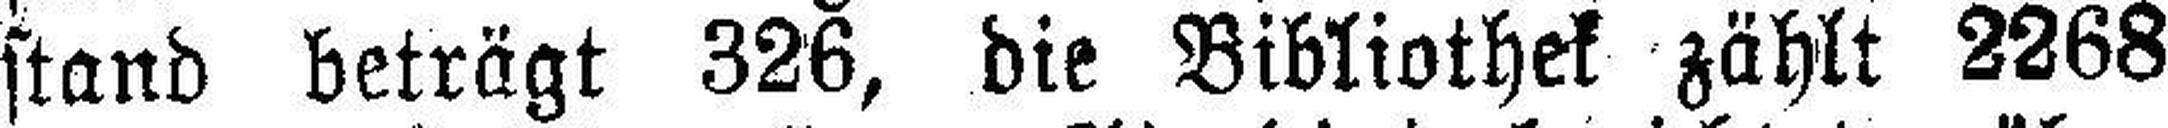
stand beträgt 326, die Bibliothek zählt 2268